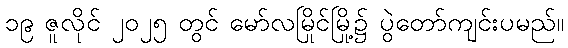
၁၉ ဇူလိုင် ၂၀၂၅ တွင် မော်လမြိုင်မြို့၌ ပွဲတော်ကျင်းပမည်။